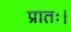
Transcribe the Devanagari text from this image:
प्रातः।